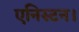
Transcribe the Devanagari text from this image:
एनिस्टन।